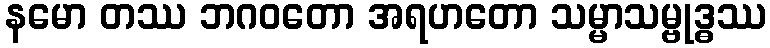
နမော တဿ ဘဂဝတော အရဟတော သမ္မာသမ္ဗုဒ္ဓဿ